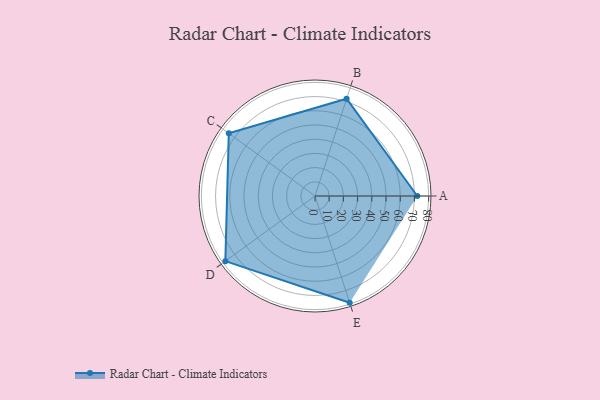
{"axis": {"x": "Skill", "y": "Score"}, "legend": ["Profile"], "data": [{"x": "A", "y": 72.0, "type": "Profile"}, {"x": "B", "y": 72.0, "type": "Profile"}, {"x": "C", "y": 75.0, "type": "Profile"}, {"x": "D", "y": 78.0, "type": "Profile"}, {"x": "E", "y": 79.0, "type": "Profile"}]}